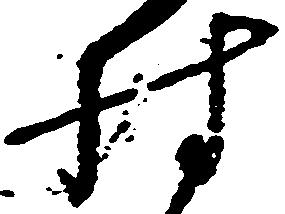
村